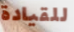
للقيادة